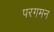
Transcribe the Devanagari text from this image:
परगमन